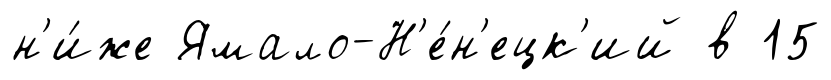
н'и́же Ямало-Н'е́н'ецк'ий в 15